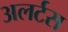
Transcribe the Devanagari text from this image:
अलर्टस